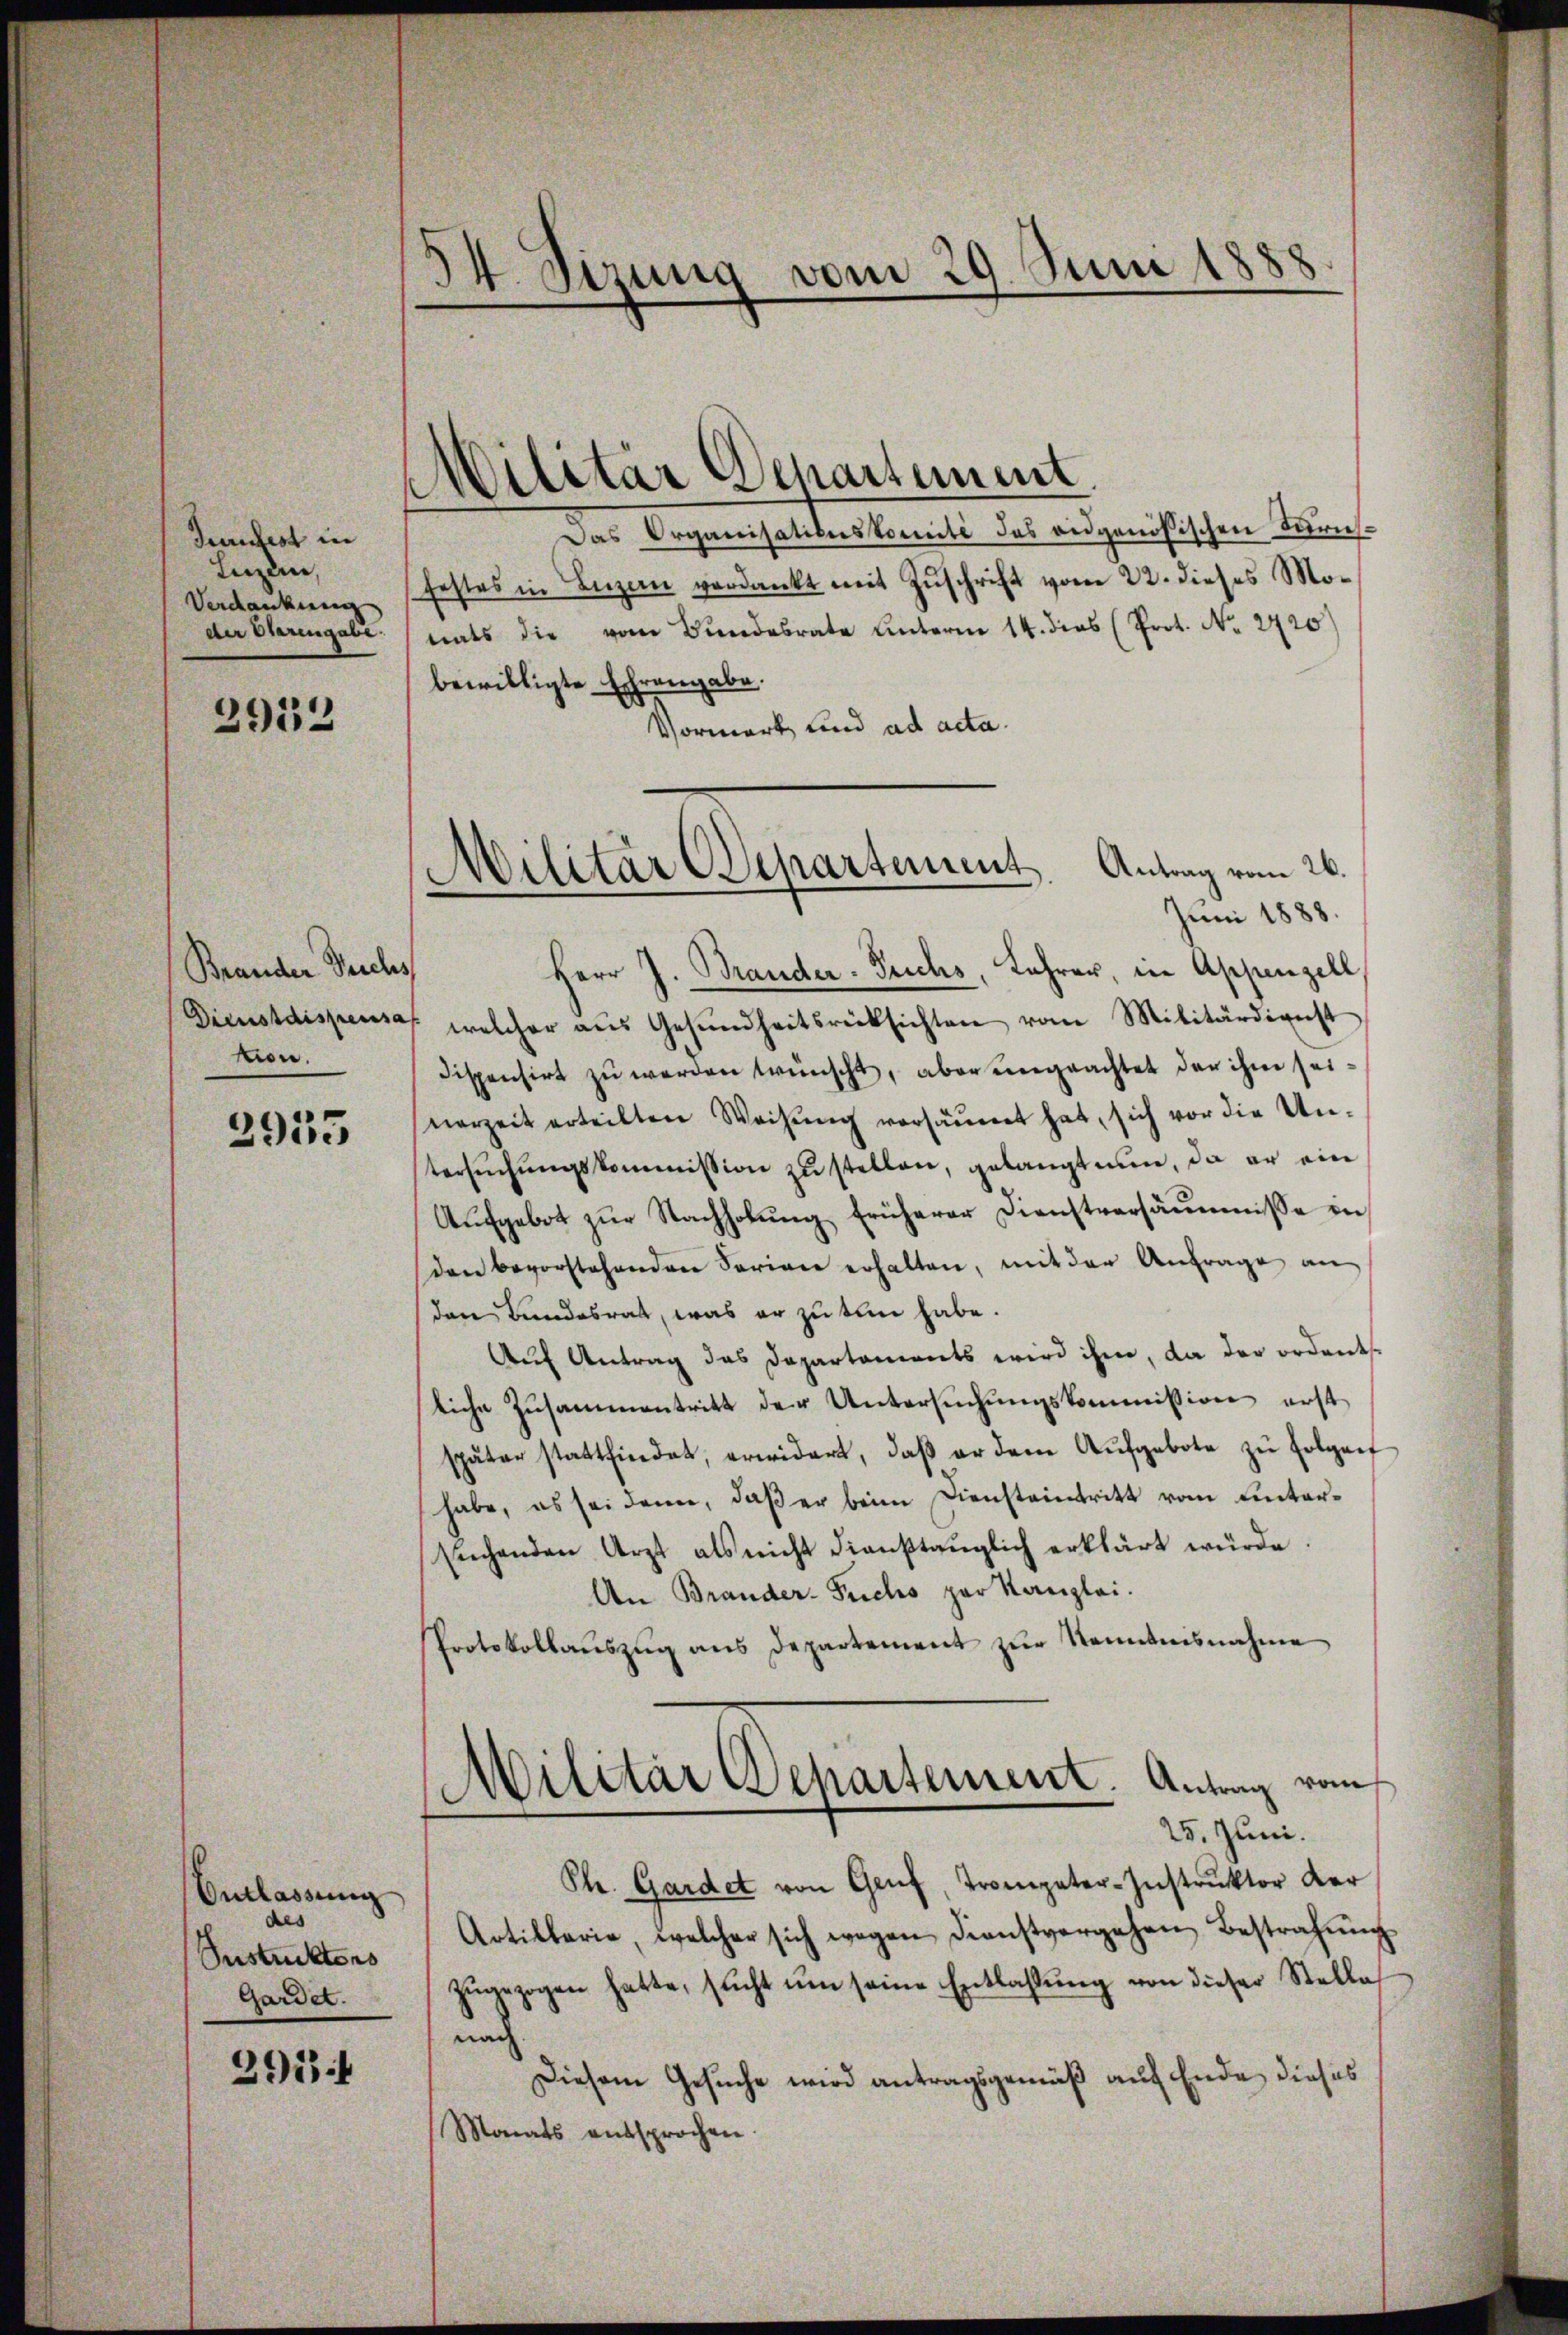
Tantest in
Luzern,
Verdankung
der Otarengabe.

2952

Brander Teichs
Dienstdispensaf
mon.

2955

Militär Departement
Das Organisationskomité des eidgenößischen Turnsfestes in Luzern verdankt mit Zuschrift vom 22. dieses Monats die vom Bundesrate Unterm 14. dies (Prot. No. 2420)
bewilligte Ehrengabe.
Vormerk und ad acta.
Juni 1888.
Herr J. Brander-Feichs, Lehrer, in Appenzell,
welcher aŭs Gesŭndheitsrücksichten vom Militärdienst
dispensirt zu werden wünscht, aber eingeachtet der ihm seinerzeit erteilten Weisŭng versäumet hat, sich vor die Un-
tersŭchŭngskommission zŭ stellen, gelangt nun, da er ein
Aŭfgebot zŭr Nachholŭng früherer Dienstversäumnisse in
den bevorstehenden Farian erhalten, mit der Anfrage an
den Bundesrat, was er zu tun habe.
Aŭf Antrag das Departaments wird ihm, da der ordentse
liche Zusammentritt der Untersŭchŭngskommission erst
später stattfindet, erwidert, daβ er dem Aufgebote zu Folgenf
habe, es sei dann, daß er beim Diensteintritt vom hintersiechenden Arzt als nicht dienstaŭglich erklärt würde.
An Brander-Fuchs par Kanzlei.
Protokollaŭszŭg ans Departement zŭr Kenntnisnahme
Militär Departement. Antrag vom
25. Juni.
Ph. Gardet von Gruf, Trompeter-Instrŭktor der
Artillarie, welcher sich wegen dienstvergehen Bestrafŭng
zugezogen hatte, sucht um seine Entlassung von dieser Stelle
nach
Diesem Gesuche wird antragsgemäß auf Ende dieses
Monats entsprochen.

Entlassung
des
Sustruktors
Gardet.
291

vom 29. Juni 1888
4. Sizung

Militär Departement. Antrag vom 26.